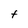
Character: t